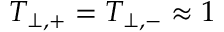
T _ { \perp , + } = T _ { \perp , - } \approx 1